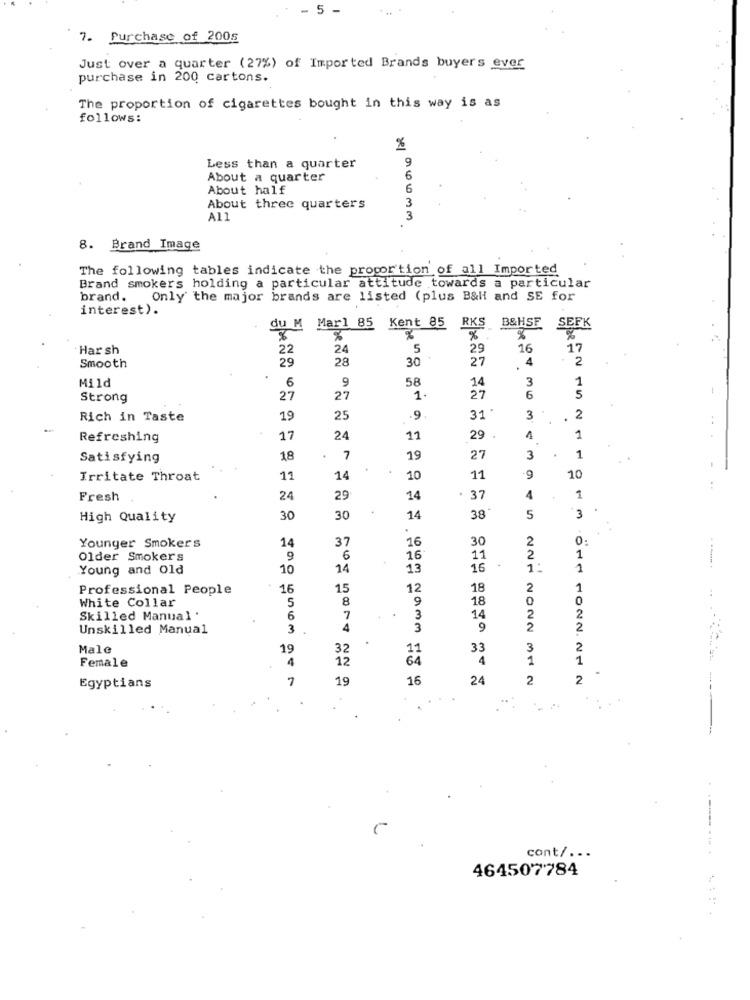
- 5 -
7. Purchase of 2005
Just over a quarter (27%) of Imported Brands buyers ever
purchase in 200 cartons.
The proportion of cigarettes bought in this way is as
follows:
9
Less than a quarter
About a quarter
6
About half
6
About three quarters
3
3
8. Brand Image
The following tables indicate the proportion of all Imported
Brand smokers holding a particular attitude towards a particular
brand.
Only the major brands are listed (plus B&H and SE for
interest).
du M Marl 85 Kent 85 RKS B&HSF
SEFK
%
%
%
%
Har sh
22
24
5
29
16
17
29
28
30
27
4
2
Smooth
Mild
58
3
1
6
9
14
Strong
27
27
1
27
6
5
2
Rich in Taste
19
25
.9
31
3
.
29 .
Refreshing
17
24
11
1
1
Satisfying
18
7
19
27
3
1
Irritate Throat
11
14
10
11
9
10
Fresh
24
29
14
37
4
1
3
High Quality
30
30
14
38
5
14
30
2
0:
Younger Smokers
37
16
Older Smokers
9
6
16
11
2
1
Young and Old
10
14
13
16
1:
1
Professional People
16
15
12
18
2
1
White Collar
8
9
18
0
0
5
Skilled Manual '
6
7
3
14
2
Unskilled Manual
3
4
3
9
2
2
Male
19
32
11
33
3
2
4
12
64
4
1
1
Female
7
19
16
24
2
2
Egyptians
cont/ ...
464507784